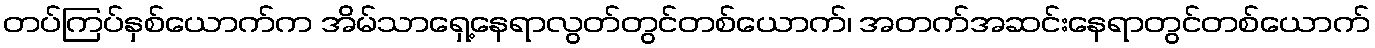
တပ်ကြပ်နှစ်ယောက်က အိမ်သာရှေ့နေရာလွတ်တွင်တစ်ယောက်၊ အတက်အဆင်းနေရာတွင်တစ်ယောက်